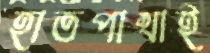
হাতপাখাই